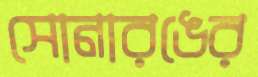
সোনারঙের